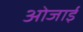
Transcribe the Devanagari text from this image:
ओजाई